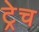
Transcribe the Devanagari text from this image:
ट्रेच